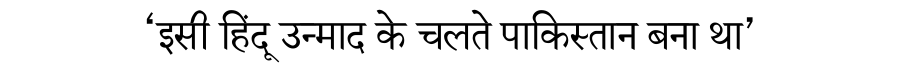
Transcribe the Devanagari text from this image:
‘इसी हिंदू उन्माद के चलते पाकिस्तान बना था’